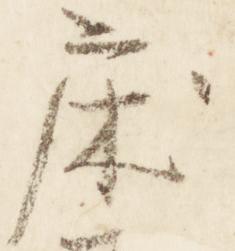
床